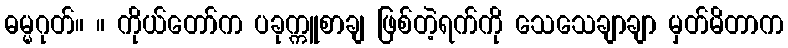
ဓမ္မဂုတ်။ ။ ကိုယ်တော်က ပခုက္ကူစာချ ဖြစ်တဲ့ရက်ကို သေသေချာချာ မှတ်မိတာက